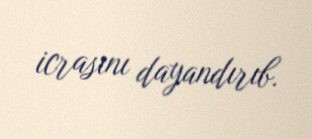
icrasını dayandırıb.